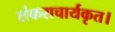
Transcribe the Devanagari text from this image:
शंकराचार्यकृत।